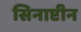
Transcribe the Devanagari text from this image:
सिनाप्टीन